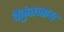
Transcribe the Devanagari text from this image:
वैकुंठनाथ